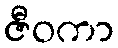
ဇီဝကာ